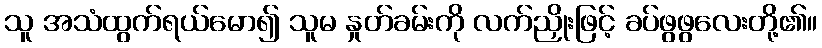
သူ အသံထွက်ရယ်မော၍ သူမ နှုတ်ခမ်းကို လက်ညှိုးဖြင့် ခပ်ဖွဖွလေးတို့၏။